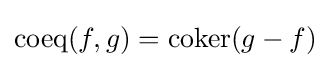
\operatorname {coeq} (f,g)=\operatorname {coker} (g-f)